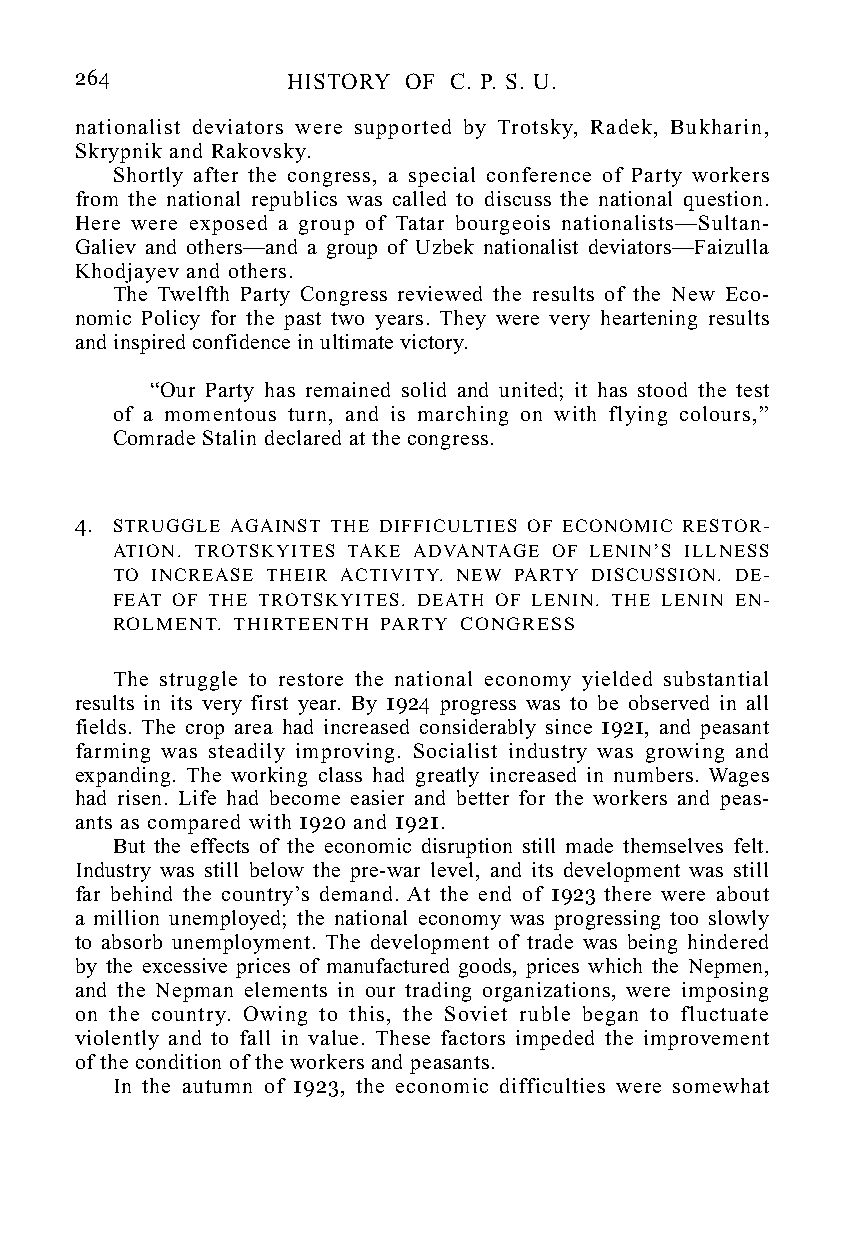
264           HISTORY OF C. P. S. U.
 nationalist deviators were supported by Trotsky, Radek, Bukharin,
 Skrypnik and Rakovsky.
 Shortly after the congress, a special conference of Party workers
 from the national republics was called to discuss the national question.
 Here were exposed a group of Tatar bourgeois nationalists—Sultan-
 Galiev and others—and a group of Uzbek nationalist deviators—Faizulla
 Khodjayev and others.
 The Twelfth Party Congress reviewed the results of the New Eco-
 nomic Policy for the past two years. They were very heartening results
 and inspired confidence in ultimate victory.
 “Our Party has remained solid and united; it has stood the test
 of a momentous turn, and is marching on with flying colours,”
 Comrade Stalin declared at the congress.
 4. STRUGGLE AGAINST THE DIFFICULTIES OF ECONOMIC RESTOR-
 ATION. TROTSKYITES TAKE ADVANTAGE OF LENIN’S ILLNESS
 TO INCREASE THEIR ACTIVITY. NEW PARTY DISCUSSION. DE-
 FEAT OF THE TROTSKYITES. DEATH OF LENIN. THE LENIN EN-
 ROLMENT. THIRTEENTH PARTY CONGRESS
 The struggle to restore the national economy yielded substantial
 results in its very first year. By 1924 progress was to be observed in all
 fields. The crop area had increased considerably since 1921, and peasant
 farming was steadily improving. Socialist industry was growing and
 expanding. The working class had greatly increased in numbers. Wages
 had risen. Life had become easier and better for the workers and peas-
 ants as compared with 1920 and 1921.
 But the effects of the economic disruption still made themselves felt.
 Industry was still below the pre-war level, and its development was still
 far behind the country’s demand. At the end of 1923 there were about
 a million unemployed; the national economy was progressing too slowly
 to absorb unemployment. The development of trade was being hindered
 by the excessive prices of manufactured goods, prices which the Nepmen,
 and the Nepman elements in our trading organizations, were imposing
 on the country. Owing to this, the Soviet ruble began to fluctuate
 violently and to fall in value. These factors impeded the improvement
 of the condition of the workers and peasants.
 In the autumn of 1923, the economic difficulties were somewhat